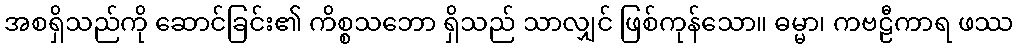
အစရှိသည်ကို ဆောင်ခြင်း၏ ကိစ္စသဘော ရှိသည် သာလျှင် ဖြစ်ကုန်သော။ ဓမ္မာ၊ ကဗဠီကာရ ဖဿ